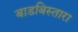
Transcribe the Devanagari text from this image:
बाडबिस्तारा